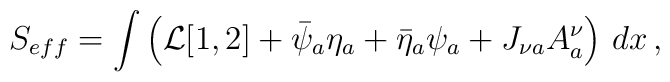
S_{eff} =   \int  \left( {\cal L}[1,2] + \bar{\psi}_a \eta_a + \bar{\eta}_a \psi_a + J_{\nu a} A^\nu_a \right) \, d x   \, ,